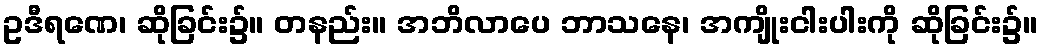
ဥဒီရဏေ၊ ဆိုခြင်း၌။ တနည်း။ အဘိလာပေ ဘာသနေ၊ အကျိုးငါးပါးကို ဆိုခြင်း၌။